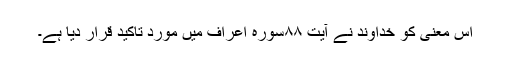
اس معنی کو خداوند نے آیت ٨٨سورہ اعراف میں مورد تاکید قرار دیا ہے۔